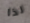
لذا